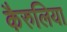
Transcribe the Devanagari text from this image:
कैरुलिया